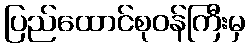
ပြည်ထောင်စုဝန်ကြီးမှ